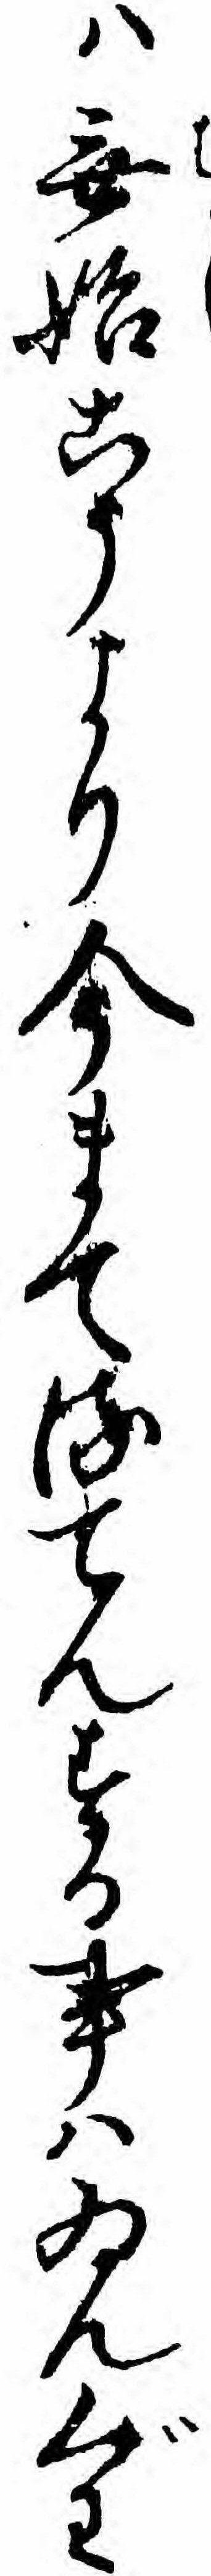
ハ無始こうより今まてるてんする事ハゐんぐわ